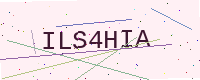
Text: ILS4HIA